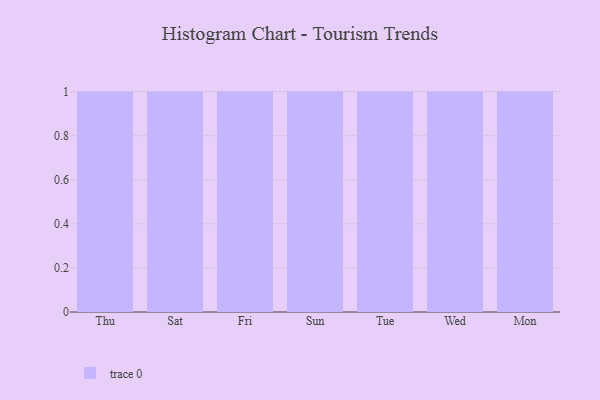
{"axis": {"x": "Day", "y": "Latency (ms)"}, "legend": [""], "data": [{"x": "Thu", "y": 9, "type": ""}, {"x": "Sat", "y": 16, "type": ""}, {"x": "Fri", "y": 52, "type": ""}, {"x": "Sun", "y": 87, "type": ""}, {"x": "Tue", "y": 3, "type": ""}, {"x": "Wed", "y": 56, "type": ""}, {"x": "Mon", "y": 42, "type": ""}]}